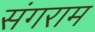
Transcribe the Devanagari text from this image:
संगराम